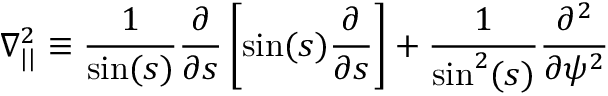
\nabla _ { | | } ^ { 2 } \equiv \frac { 1 } { \sin ( s ) } \frac { \partial } { \partial s } \left[ \sin ( s ) \frac { \partial } { \partial s } \right] + \frac { 1 } { \sin ^ { 2 } ( s ) } \frac { \partial ^ { 2 } } { \partial \psi ^ { 2 } }